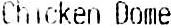
CHICKEN DOME